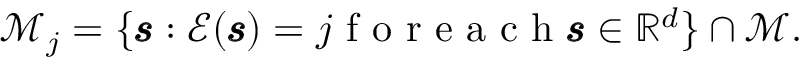
\begin{array} { r } { \mathcal { M } _ { j } = \{ \pmb { \mathscr { s } } : \mathcal { E } ( \pmb { \mathscr { s } } ) = j \mathrm { ~ f ~ o ~ r ~ e ~ a ~ c ~ h ~ } \pmb { \mathscr { s } } \in \mathbb { R } ^ { d } \} \cap \mathcal { M } . } \end{array}